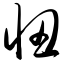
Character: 忸